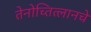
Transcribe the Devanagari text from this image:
तेनोच्तित्लानचे